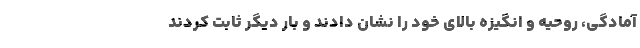
آمادگی، روحیه و انگیزه بالای خود را نشان دادند و بار دیگر ثابت کردند